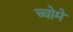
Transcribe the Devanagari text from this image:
च्चोमे